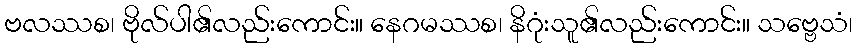
ဗလဿစ၊ ဗိုလ်ပါ၏လည်းကောင်း။ နေဂမဿစ၊ နိဂုံးသူ၏လည်းကောင်း။ သဗ္ဗေသံ၊